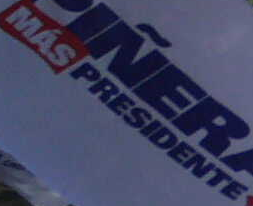
MASPRESIDENTE